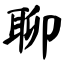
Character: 聊